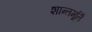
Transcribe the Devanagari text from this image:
शान्तमूर्तिं